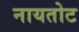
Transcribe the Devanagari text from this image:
नायतोट